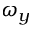
\omega _ { y }